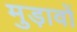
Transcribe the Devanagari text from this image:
मुड़ावों